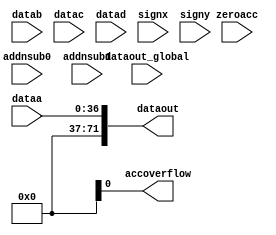
module stratix_mac_out_internal (dataa, datab, datac, datad, signx, signy,
				 addnsub0, addnsub1, zeroacc, dataout_global,
				 dataout, accoverflow);
   `define ADD 1'b1
   `define SUB 1'b0
   parameter operation_mode = "output_only";
   parameter dataa_width = 36;
   parameter datab_width = 36;
   parameter datac_width = 36;
   parameter datad_width = 36;
   parameter dataout_width = 72;
   input [36:0] dataa;
   input [36:0] datab;
   input [36:0] datac;
   input [36:0] datad;
   input 		   signx;
   input 		   signy;
   input 		   addnsub0;
   input 		   addnsub1;
   input 		   zeroacc;
   input [71:0] 	   dataout_global;
   output [71:0] 	   dataout;
   output 		   accoverflow;
   reg [72:0] 		   dataout_tmp;
   reg 			   accoverflow_tmp;
   reg [72:0] 		   last_dataout;
   reg [71:0] 		   dataa_u;
   reg [71:0] 		   datab_u;
   reg [71:0] 		   datab_s;
   reg [71:0] 		   datac_u;
   reg [71:0] 		   datac_s;
   reg [71:0] 		   datad_u;
   reg [71:0] 		   datad_s;
   reg [72:0] 		   data_tmp;
   wire [71:0] 		   dataout_tbuf;
   wire 		   accoverflow_tbuf;
   specify
      (dataa *> dataout) = (0,0);
      (datab *> dataout) = (0,0);
      (datac *> dataout) = (0,0);
      (datad *> dataout) = (0,0);
      (signx *> dataout) = (0,0);
      (signy *> dataout) = (0,0);
      (addnsub0 *> dataout) = (0,0);
      (addnsub1 *> dataout) = (0,0);
      (zeroacc *> dataout)  = (0,0);
      (dataa *> accoverflow) = (0,0);
      (signx *> accoverflow) = (0,0);
      (signy *> accoverflow) = (0,0);
      (addnsub0 *> accoverflow) = (0,0);
      (addnsub1 *> accoverflow) = (0,0);
      (zeroacc *> accoverflow)  = (0,0);
   endspecify
   buf dataout_buf0(dataout[0], dataout_tbuf[0]);
   buf dataout_buf1(dataout[1], dataout_tbuf[1]);
   buf dataout_buf2(dataout[2], dataout_tbuf[2]);
   buf dataout_buf3(dataout[3], dataout_tbuf[3]);
   buf dataout_buf4(dataout[4], dataout_tbuf[4]);
   buf dataout_buf5(dataout[5], dataout_tbuf[5]);
   buf dataout_buf6(dataout[6], dataout_tbuf[6]);
   buf dataout_buf7(dataout[7], dataout_tbuf[7]);
   buf dataout_buf8(dataout[8], dataout_tbuf[8]);
   buf dataout_buf9(dataout[9], dataout_tbuf[9]);
   buf dataout_buf10(dataout[10], dataout_tbuf[10]);
   buf dataout_buf11(dataout[11], dataout_tbuf[11]);
   buf dataout_buf12(dataout[12], dataout_tbuf[12]);
   buf dataout_buf13(dataout[13], dataout_tbuf[13]);
   buf dataout_buf14(dataout[14], dataout_tbuf[14]);
   buf dataout_buf15(dataout[15], dataout_tbuf[15]);
   buf dataout_buf16(dataout[16], dataout_tbuf[16]);
   buf dataout_buf17(dataout[17], dataout_tbuf[17]);
   buf dataout_buf18(dataout[18], dataout_tbuf[18]);
   buf dataout_buf19(dataout[19], dataout_tbuf[19]);
   buf dataout_buf20(dataout[20], dataout_tbuf[20]);
   buf dataout_buf21(dataout[21], dataout_tbuf[21]);
   buf dataout_buf22(dataout[22], dataout_tbuf[22]);
   buf dataout_buf23(dataout[23], dataout_tbuf[23]);
   buf dataout_buf24(dataout[24], dataout_tbuf[24]);
   buf dataout_buf25(dataout[25], dataout_tbuf[25]);
   buf dataout_buf26(dataout[26], dataout_tbuf[26]);
   buf dataout_buf27(dataout[27], dataout_tbuf[27]);
   buf dataout_buf28(dataout[28], dataout_tbuf[28]);
   buf dataout_buf29(dataout[29], dataout_tbuf[29]);
   buf dataout_buf30(dataout[30], dataout_tbuf[30]);
   buf dataout_buf31(dataout[31], dataout_tbuf[31]);
   buf dataout_buf32(dataout[32], dataout_tbuf[32]);
   buf dataout_buf33(dataout[33], dataout_tbuf[33]);
   buf dataout_buf34(dataout[34], dataout_tbuf[34]);
   buf dataout_buf35(dataout[35], dataout_tbuf[35]);
   buf dataout_buf36(dataout[36], dataout_tbuf[36]);
   buf dataout_buf37(dataout[37], dataout_tbuf[37]);
   buf dataout_buf38(dataout[38], dataout_tbuf[38]);
   buf dataout_buf39(dataout[39], dataout_tbuf[39]);
   buf dataout_buf40(dataout[40], dataout_tbuf[40]);
   buf dataout_buf41(dataout[41], dataout_tbuf[41]);
   buf dataout_buf42(dataout[42], dataout_tbuf[42]);
   buf dataout_buf43(dataout[43], dataout_tbuf[43]);
   buf dataout_buf44(dataout[44], dataout_tbuf[44]);
   buf dataout_buf45(dataout[45], dataout_tbuf[45]);
   buf dataout_buf46(dataout[46], dataout_tbuf[46]);
   buf dataout_buf47(dataout[47], dataout_tbuf[47]);
   buf dataout_buf48(dataout[48], dataout_tbuf[48]);
   buf dataout_buf49(dataout[49], dataout_tbuf[49]);
   buf dataout_buf50(dataout[50], dataout_tbuf[50]);
   buf dataout_buf51(dataout[51], dataout_tbuf[51]);
   buf dataout_buf52(dataout[52], dataout_tbuf[52]);
   buf dataout_buf53(dataout[53], dataout_tbuf[53]);
   buf dataout_buf54(dataout[54], dataout_tbuf[54]);
   buf dataout_buf55(dataout[55], dataout_tbuf[55]);
   buf dataout_buf56(dataout[56], dataout_tbuf[56]);
   buf dataout_buf57(dataout[57], dataout_tbuf[57]);
   buf dataout_buf58(dataout[58], dataout_tbuf[58]);
   buf dataout_buf59(dataout[59], dataout_tbuf[59]);
   buf dataout_buf60(dataout[60], dataout_tbuf[60]);
   buf dataout_buf61(dataout[61], dataout_tbuf[61]);
   buf dataout_buf62(dataout[62], dataout_tbuf[62]);
   buf dataout_buf63(dataout[63], dataout_tbuf[63]);
   buf dataout_buf64(dataout[64], dataout_tbuf[64]);
   buf dataout_buf65(dataout[65], dataout_tbuf[65]);
   buf dataout_buf66(dataout[66], dataout_tbuf[66]);
   buf dataout_buf67(dataout[67], dataout_tbuf[67]);
   buf dataout_buf68(dataout[68], dataout_tbuf[68]);
   buf dataout_buf69(dataout[69], dataout_tbuf[69]);
   buf dataout_buf70(dataout[70], dataout_tbuf[70]);
   buf dataout_buf71(dataout[71], dataout_tbuf[71]);
   buf accoverflow_buf(accoverflow, accoverflow_tbuf);
   assign dataout_tbuf[71:0] = dataout_tmp[71:0];
   assign accoverflow_tbuf = accoverflow_tmp;
   always @(dataa or datab or datac or datad or dataout_global
	    or signx or signy or addnsub0 or addnsub1
	    or zeroacc or operation_mode)
      begin
	 case (operation_mode)
	   "output_only": // dataout_tmp = dataa
	      begin
		 dataout_tmp = dataa;
	      end
	   "accumulator": // dataout_tmp += dataa
	      begin
		 if (signx || signy) begin
		     data_tmp     = {{73 - dataa_width{dataa[dataa_width-1]}},
		                                       dataa[dataa_width-1:0]};
 	             last_dataout = {{73-dataout_width{dataout_global[dataout_width-1]}},
                                                       dataout_global[dataout_width-1:0]};
                 end else begin
		     data_tmp     = {{73 - dataa_width{1'b0}},
                                                       dataa[dataa_width-1:0]};
 	             last_dataout = {{73-dataout_width{1'b0}},
                                                       dataout_global[dataout_width-1:0]};
                 end
		 if (zeroacc) begin
 		   if (`ADD == addnsub0)
 		     dataout_tmp[dataout_width:0] = data_tmp;
		   else
		     dataout_tmp[dataout_width:0] = - data_tmp;
		 end else begin
 		   if (`ADD == addnsub0)
 		     dataout_tmp[dataout_width:0] = last_dataout + data_tmp;
		   else
		     dataout_tmp[dataout_width:0] = last_dataout - data_tmp;
                 end
	         if (signx || signy)
		     accoverflow_tmp = dataout_tmp[dataout_width] ^ dataout_tmp[dataout_width-1];
		 else
		     accoverflow_tmp = dataout_tmp[dataout_width];
	      end
	   "one_level_adder": // dataout_tmp = dataa +/- datab
	      begin
		 if(addnsub0)
		   dataout_tmp[dataout_width-1:0] =
		    add_or_sub(signx || signy, dataa[35:0], signx || signy, datab[35:0], addnsub0);
		 else
		   dataout_tmp[dataout_width-1:0] =
		    add_or_sub(signx || signy , dataa[35:0], signx || signy, datab[35:0], 1'b0);
	      end
	   "two_level_adder": // dataout_tmp = (dataa +/- datab) + (datac +/- datad)
	      // DEFAULT TO ADD (say if the addnsub0,1 signal is set to GROUND)
	      begin // dataout_width = dataa_width + 2;
		 dataout_tmp[dataout_width-1:0] =
			add_or_sub(signx || signy, dataa[35:0], signx || signy, datab[35:0], addnsub0) +
			add_or_sub(signx || signy, datac[35:0], signx || signy, datad[35:0], addnsub1);
	      end
	   "36_bit_multiply":
	      begin
		 dataa_u = dataa[35:0];
		 datab_u = datab[35:0];
		 datab_s = {{(72-36){datab[35]}}, datab[35:0]};
		 datac_u = datac[35:0];
		 datac_s = {{(72-36){datac[35]}}, datac[35:0]};
		 datad_u = datad[35:0];
		 datad_s = {{(72-36){datad[35]}}, datad[35:0]};
		 if(signx == 1'b0 && signy == 1'b0)
		    begin
		       dataout_tmp = (datab_u << 36) + (datac_u << 18) +
			   (datad_u << 18) + dataa_u;
		    end // if (signx == 1'b0 && signy == 1'b0)
		 else if(signx == 1'b0 && signy == 1'b1)
		    begin
		       dataout_tmp = (datab_s << 36) + (datac_u << 18) +
				(datad_s << 18) + dataa_u;
		    end // if (signx == 1'b0 && signy == 1'b1)
		 else if(signx == 1'b1 && signy == 1'b0)
		    begin
		       dataout_tmp = (datab_s << 36) + (datac_s << 18) +
				(datad_u << 18) + dataa_u;
		    end // if (signx == 1'b1 && signy == 1'b0)
		 else if(signx == 1'b1 && signy == 1'b1)
		    begin
		       dataout_tmp = (datab_s << 36) + (datac_s << 18) +
				(datad_s << 18) + dataa_u;
		    end // if (signx == 1'b1 && signy == 1'b1)
	      end
	   default :
	      begin
		 $display ("INFO: Default operation not specified\n");
		 $display ("Time: %0t  Instance: %m", $time);
	      end
	 endcase
      end
//                                 ADD_OR_SUB
   function [52:0] add_or_sub;
      input sign_a;
      input [dataa_width-1:0] data_a;
      input 		      sign_b;
      input [datab_width-1:0] data_b;
      input 		      operation;
      reg 		      sa;
      reg 		      sb;
      reg [dataa_width-1:0]   abs_a;
      reg [datab_width-1:0]   abs_b;
      begin
	 sa    = ( sign_a && data_a[dataa_width-1] );
	 sb    = ( sign_b && data_b[datab_width-1] );
	 abs_a = ( sign_a && data_a[dataa_width-1] ) ? (~data_a + 1) : data_a;
	 abs_b = ( sign_b && data_b[datab_width-1] ) ? (~data_b + 1) : data_b;
	 if (operation == `ADD)
	    begin
	       add_or_sub = (sa ? -abs_a : abs_a) + (sb ? -abs_b : abs_b);
	    end
	 else if (operation == `SUB)
	    begin
	       add_or_sub = (sa ? -abs_a : abs_a) - (sb ? -abs_b : abs_b);
	    end
	      else
	      begin
		  $display ("INFO: Default operation not specified\n");
		  $display ("Time: %0t  Instance: %m", $time);
		  end
      end
   endfunction // add_or_sub
endmodule